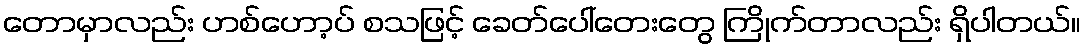
တောမှာလည်း ဟစ်ဟော့ပ် စသဖြင့် ခေတ်ပေါ်တေးတွေ ကြိုက်တာလည်း ရှိပါတယ်။